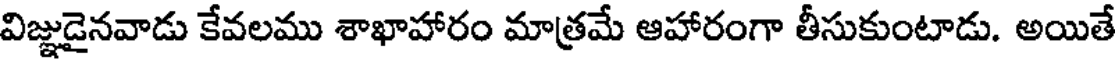
విజ్ఞుడైనవాడు కేవలము శాఖాహారం మాత్రమే ఆహారంగా తీసుకుంటాడు. అయితే